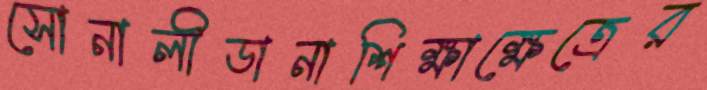
সোনালীডানাশিক্ষাক্ষেত্রের